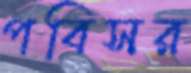
পবিসর